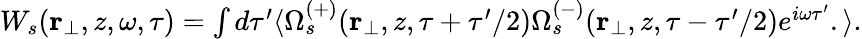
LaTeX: \begin{array}{r}{W_{s}(\textbf{r}_{\perp},z,\omega,\tau)=\int d\tau^{\prime}\langle\Omega_{s}^{(+)}(\textbf{r}_{\perp},z,\tau+\tau^{\prime}/2)\Omega_{s}^{(-)}(\textbf{r}_{\perp},z,\tau-\tau^{\prime}/2)e^{i\omega\tau^{\prime}}.\rangle.}\end{array}